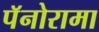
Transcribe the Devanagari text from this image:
पॅनोरामा